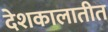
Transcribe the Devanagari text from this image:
देशकालातीत